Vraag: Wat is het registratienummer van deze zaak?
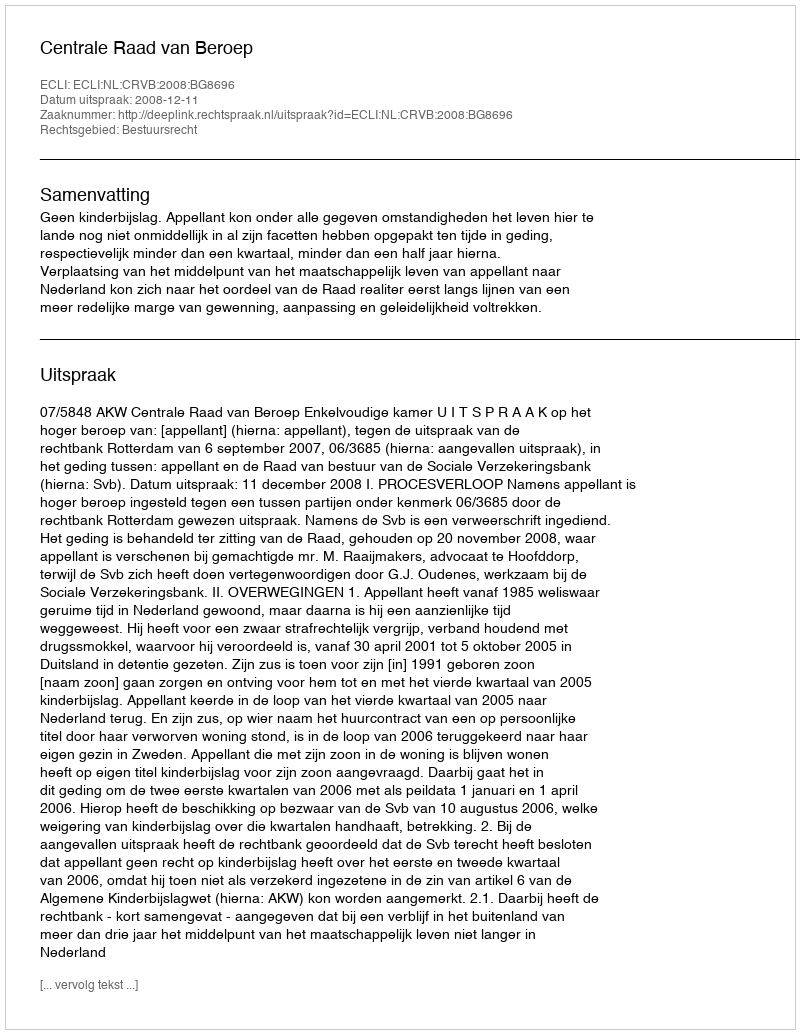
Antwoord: http://deeplink.rechtspraak.nl/uitspraak?id=ECLI:NL:CRVB:2008:BG8696